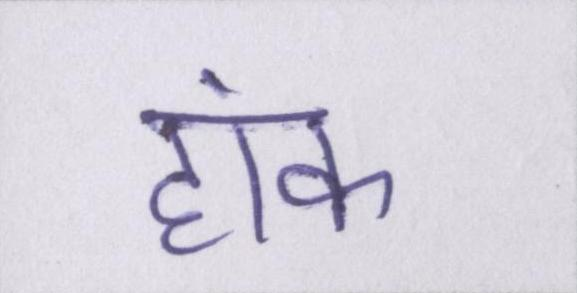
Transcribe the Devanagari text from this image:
हांक